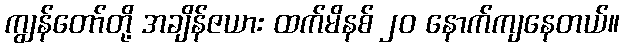
ကျွန်တော်တို့ အချိန်ဇယား ထက်မိနစ် ၂၀ နောက်ကျနေတယ်။